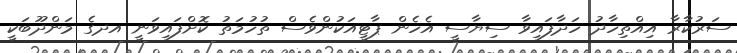
ސަރުކާރާ އިއްތިހާދު ހަދާފައިވާ ސިޔާސީ އެހެން ޕާޓީއަކުންވެސް ތުހުމަތު ކޮށްފައިވަނީ އދގެ މަންދޫބަކީ